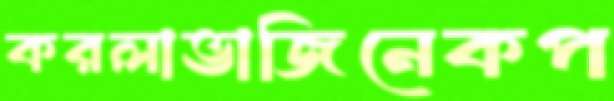
করলাভাজিনেকপ